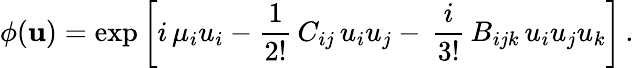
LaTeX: \phi({\mathbf u})=\exp\left[i\, \mu_{i}u_{i}-{\frac{1}{2!}}\, C_{ij}\, u_{i}u_{j}-\, {\frac{i}{3!}}\, B_{ijk}\, u_{i}u_{j}u_{k}\right]\, .